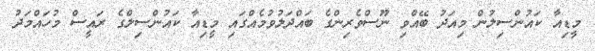
މީޑިއާ ކައުންސިލުން މިއަދު ބޭއްވި ނޫސްވެރިންގެ ބައްދަލުވުމެއްގައި މީޑިއާ ކައުންސިލްގެ ރައީސް މުހައްމަދު